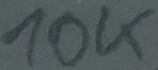
Text: 10K